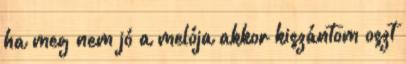
ha meg nem jó a melója akkor kiszántom oszt